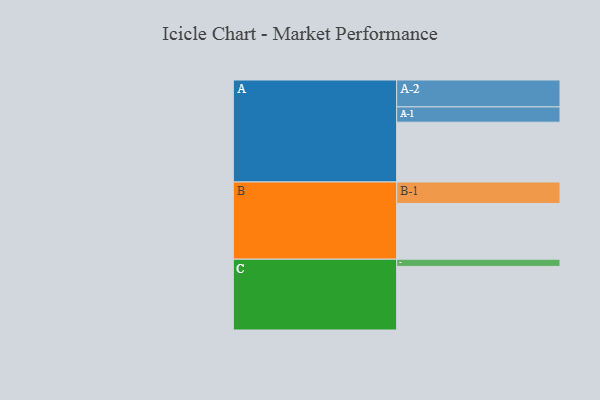
{"axis": {"x": "Segment", "y": "Value"}, "legend": ["", "A", "B", "C"], "data": [{"x": "A", "y": 500, "type": ""}, {"x": "B", "y": 466, "type": ""}, {"x": "C", "y": 532, "type": ""}, {"x": "A-1", "y": 128, "type": "A"}, {"x": "A-2", "y": 225, "type": "A"}, {"x": "B-1", "y": 180, "type": "B"}, {"x": "C-1", "y": 60, "type": "C"}]}